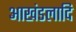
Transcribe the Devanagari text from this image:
आखंडलादि